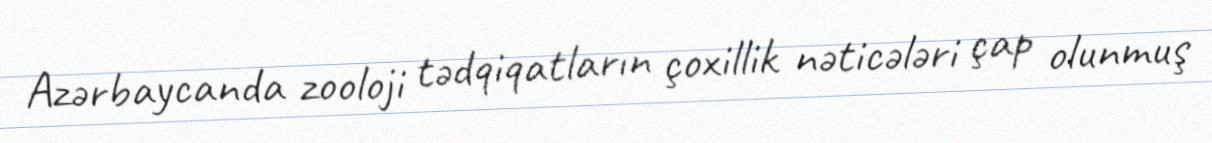
Azərbaycanda zooloji tədqiqatların çoxillik nəticələri çap olunmuş